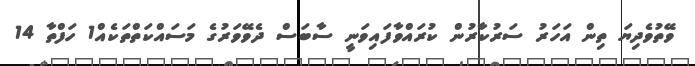
ވޭތުވެދިޔަ ތިން އަހަރު ސަރުކާރުން ކުރައްވާފައިވަނީ ސާބަސް ދެވޭވަރުގެ މަސައްކަތްތަކެއް1 ހަފްތާ 14